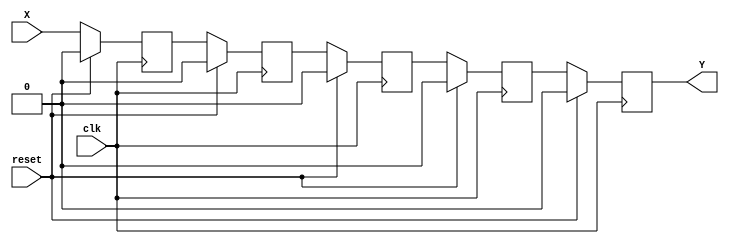
`define SIMULATION_MEMORY

module shiftRegFIFO_5_1 (
	input [0:0] X,
	output [0:0] Y,
	input reset,
	input clk
);

reg [0:0] mem_0;
reg [0:0] mem_1;
reg [0:0] mem_2;
reg [0:0] mem_3;
reg [0:0] mem_4;
assign Y = mem_4;

always @ (posedge clk) begin
	if (reset) begin
		mem_0 <= 0;
		mem_1 <= 0;
		mem_2 <= 0;
		mem_3 <= 0;
		mem_4 <= 0;
	end else begin
		mem_1 <= mem_0;
		mem_2 <= mem_1;
		mem_3 <= mem_2;
		mem_4 <= mem_3;
		mem_0 <= X;
	end
end

endmodule